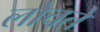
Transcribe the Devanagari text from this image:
लोचते